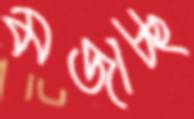
মজাচ্ছ